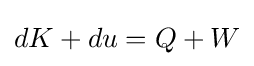
dK+du=Q+W